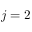
j = 2